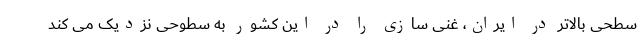
سطحی بالاتر در ایران، غنی سازی را در این کشور به سطوحی نزدیک می کند